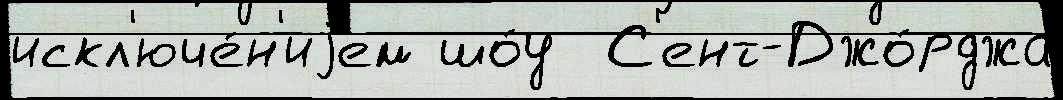
искл'юче́н'иjем шо́у  С'ент-Джо́рджа